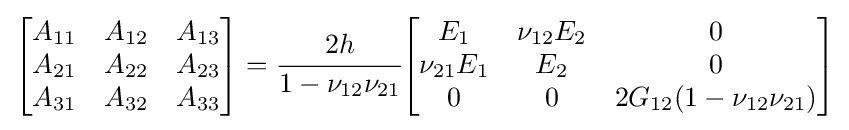
{\begin{bmatrix}A_{11}&A_{12}&A_{13}\\A_{21}&A_{22}&A_{23}\\A_{31}&A_{32}&A_{33}\end{bmatrix}}={\cfrac {2h}{1-\nu _{12}\nu _{21}}}{\begin{bmatrix}E_{1}&\nu _{12}E_{2}&0\\\nu _{21}E_{1}&E_{2}&0\\0&0&2G_{12}(1-\nu _{12}\nu _{21})\end{bmatrix}}